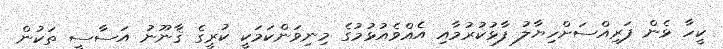
ކީހާ ޅެން ފަރިއްސަށްހިޔާލު ފާޅުކުރުމާއި އެއްވެއުޅުމުގެ މިނިވަންކަމަކީ ކުރީގެ ޤާނޫނު އަސާސީ ތަކުން